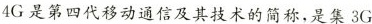
4G是第四代移动通信及其技术的简称，是集3G